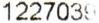
1227039